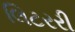
લિટરરી